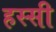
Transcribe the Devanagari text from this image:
हस्सी